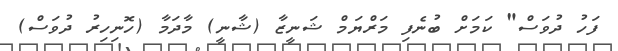
ފަހު ދުވަސް" ކަމަށް ބުނެފި މަރްޔަމް ޝަނީޒާ (ޝާނީ) މާދަމާ (ހޮނިހިރު ދުވަސް)